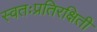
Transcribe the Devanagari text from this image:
स्वतःप्रतिरक्षिती